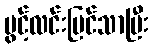
ပွင့်လင်းမြင်သာပြီး